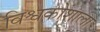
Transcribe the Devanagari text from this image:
विश्वकोशाला